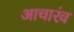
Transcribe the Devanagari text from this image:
आचारंव